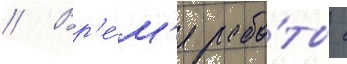
// Вр'е́м'я рабо́ты с